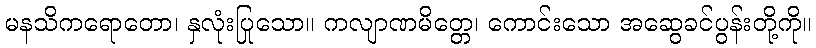
မနသိကရောတော၊ နှလုံးပြုသော။ ကလျာဏမိတ္တေ၊ ကောင်းသော အဆွေခင်ပွန်းတို့ကို။